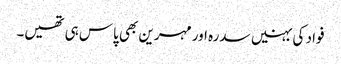
فواد کی بہنیں سدرہ اور مہرین بھی پاس ہی تھیں۔